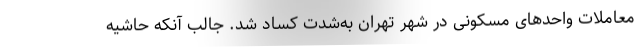
معاملات واحدهای مسکونی در شهر تهران به‌شدت کساد شد. جالب آنکه حاشیه